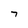
Character: 7